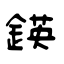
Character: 鍈